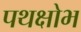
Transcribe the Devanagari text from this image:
पथक्षोभ